Civil Veterinary Department Bengal reports 1933-51 - 1933-1951
Year: 1933
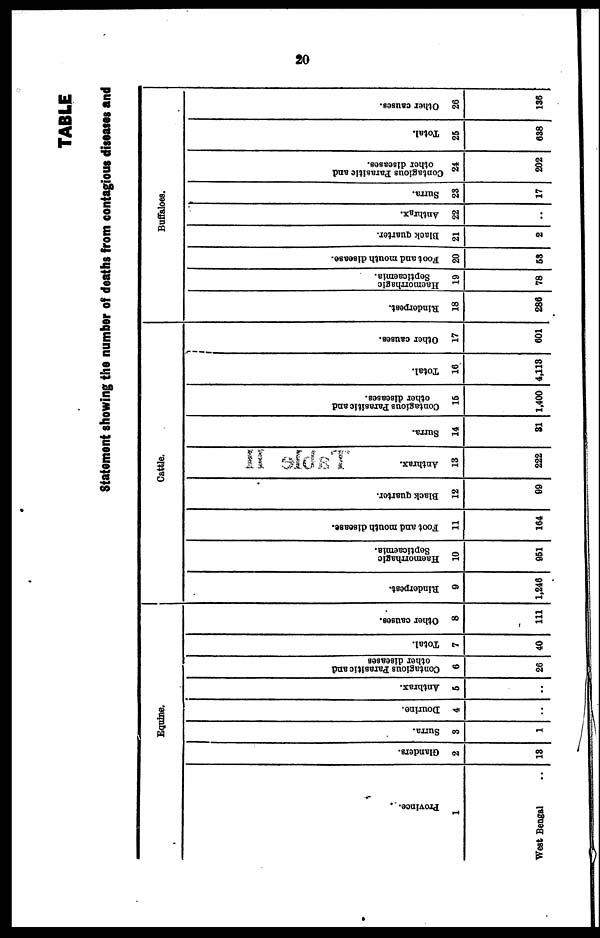
20
TABLE
Statement showing the number of deaths from contagious diseases and
Province.
1
West Bengal ..
Equine.
Glanders.
2
18
Surra.
3
1
Dourine.
4
..
Anthrax.
5
..
Contagious Parasitic and
other diseases
6
26
Total.
7
40
Other causes.
8
111
Cattle.
Rinderpest.
9
1,246
Haemorrhagic
Septicaemia.
10
951
Foot and mouth disease.
11
164
Black quarter.
12
99
Anthrax.
13
222
Surra.
14
81
Contagious Parasitic and
other diseases.
15
1,400
Total.
16
4,118
Other causes.
17
601
Buffaloes.
Rinderpest.
18
286
Haemorrhagic
Septicaemia.
19
78
Foot and mouth disease.
20
68
Black quarter.
21
2
Anthrax.
22
..
Surra.
23
17
Contagious Parasitic and
other diseases.
24
202
Total.
25
638
Other causes.
26
136